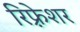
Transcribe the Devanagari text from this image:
रिफ़्रेशर